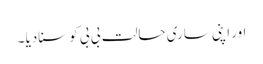
اور اپنی ساری حالت بی بی کو سنادیا ۔